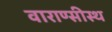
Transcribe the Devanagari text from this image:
वाराण्सीस्थ